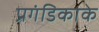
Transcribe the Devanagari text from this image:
प्रगंडिकाके